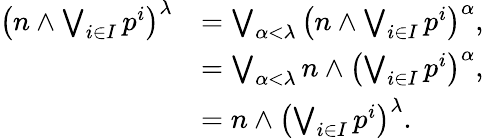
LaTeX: \begin{array}{rl}{\left(n\land\bigvee_{i\in I}p^{i}\right)^{\lambda}}&{=\bigvee_{\alpha<\lambda}\left(n\land\bigvee_{i\in I}p^{i}\right)^{\alpha},}\\ &{=\bigvee_{\alpha<\lambda}n\land\left(\bigvee_{i\in I}p^{i}\right)^{\alpha},}\\ &{=n\land\left(\bigvee_{i\in I}p^{i}\right)^{\lambda}.}\end{array}